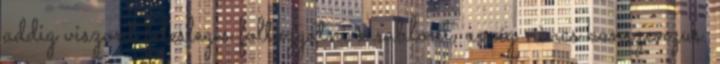
addig viszont felesleges foltozgatni a sablont, amíg nincs konszenzus.